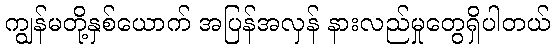
ကျွန်မတို့နှစ်ယောက် အပြန်အလှန် နားလည်မှုတွေရှိပါတယ်